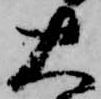
大